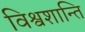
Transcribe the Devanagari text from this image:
विश्वशान्ति